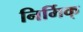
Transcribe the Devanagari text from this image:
निर्मिक्